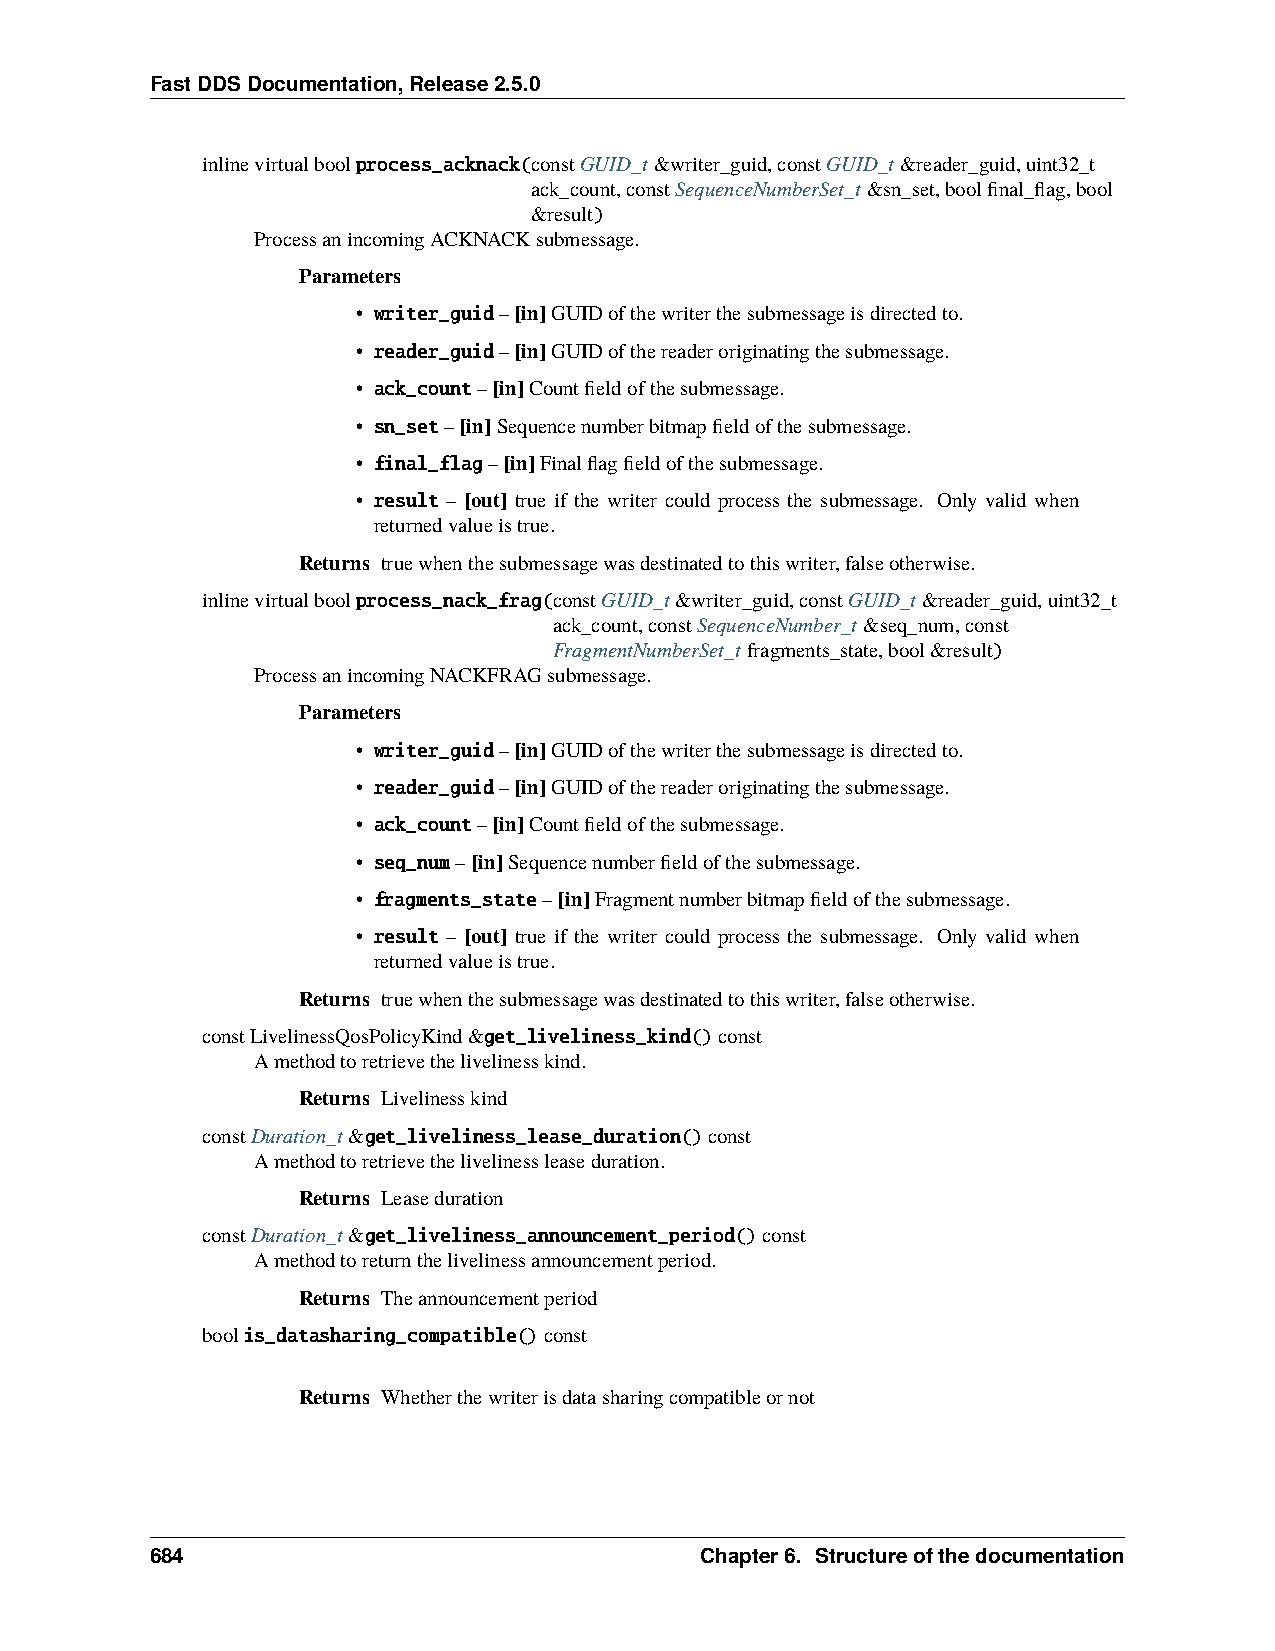
FastDDSDocumentation,Release2.5.0
 inlinevirtualboolprocess_acknack(constGUID_t&writer_guid,constGUID_t&reader_guid,uint32_t
 ack_count,constSequenceNumberSet_t&sn_set,boolfinal_flag,bool
 &result)
 ProcessanincomingACKNACKsubmessage.
 Parameters
 • writer_guid–[in]GUIDofthewriterthesubmessageisdirectedto.
 • reader_guid–[in]GUIDofthereaderoriginatingthesubmessage.
 • ack_count–[in]Countfieldofthesubmessage.
 • sn_set–[in]Sequencenumberbitmapfieldofthesubmessage.
 • final_flag–[in]Finalflagfieldofthesubmessage.
 • result – [out] true if the writer could process the submessage. Only valid when
 returnedvalueistrue.
 Returns truewhenthesubmessagewasdestinatedtothiswriter,falseotherwise.
 inlinevirtualboolprocess_nack_frag(constGUID_t&writer_guid,constGUID_t&reader_guid,uint32_t
 ack_count,constSequenceNumber_t&seq_num,const
 FragmentNumberSet_tfragments_state,bool&result)
 ProcessanincomingNACKFRAGsubmessage.
 Parameters
 • writer_guid–[in]GUIDofthewriterthesubmessageisdirectedto.
 • reader_guid–[in]GUIDofthereaderoriginatingthesubmessage.
 • ack_count–[in]Countfieldofthesubmessage.
 • seq_num–[in]Sequencenumberfieldofthesubmessage.
 • fragments_state–[in]Fragmentnumberbitmapfieldofthesubmessage.
 • result – [out] true if the writer could process the submessage. Only valid when
 returnedvalueistrue.
 Returns truewhenthesubmessagewasdestinatedtothiswriter,falseotherwise.
 constLivelinessQosPolicyKind&get_liveliness_kind()const
 Amethodtoretrievethelivelinesskind.
 Returns Livelinesskind
 constDuration_t&get_liveliness_lease_duration()const
 Amethodtoretrievethelivelinessleaseduration.
 Returns Leaseduration
 constDuration_t&get_liveliness_announcement_period()const
 Amethodtoreturnthelivelinessannouncementperiod.
 Returns Theannouncementperiod
 boolis_datasharing_compatible()const
 Returns Whetherthewriterisdatasharingcompatibleornot
 684                                 Chapter6. Structureofthedocumentation